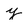
Character: y